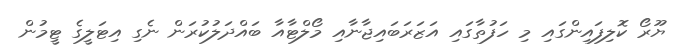
ޔޫރޯ ކޮލިފައިންގައި މި ހަފުތާގައި އަޒަރަބައިޖާނާއި މޯލްޓާއާ ބައްދަލުކުރަން ނެގި އިޓަލީގެ ޓީމުން